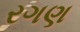
રગણ